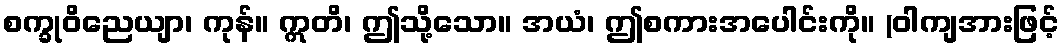
စက္ခုဝိညေယျာ၊ ကုန်။ ဣတိ၊ ဤသို့သော။ အယံ၊ ဤစကားအပေါင်းကို။ (ဝါကျအားဖြင့်